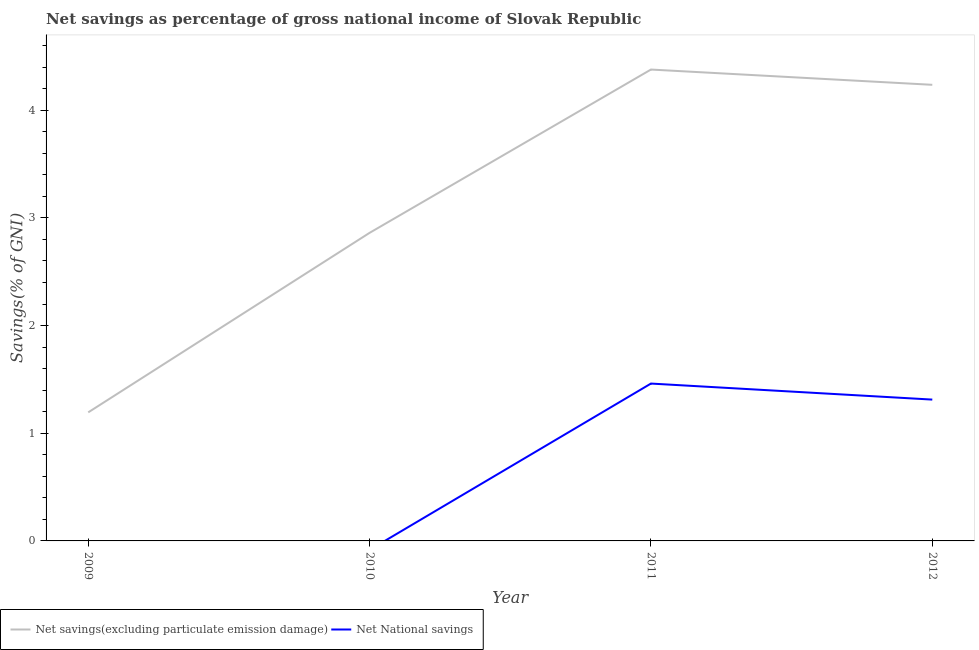
| Year | Net savings(excluding particulate emission damage) | Net National savings |
 | --- | --- | --- |
 | 2009 | 1.19 | -2.06 |
 | 2010 | 2.86 | -0.0835 |
 | 2011 | 4.38 | 1.46 |
 | 2012 | 4.24 | 1.31 |